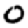
Digit: 0